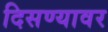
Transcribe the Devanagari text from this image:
दिसण्यावर